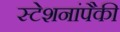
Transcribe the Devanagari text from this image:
स्टेशनांपैकी